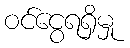
ဝင်ငွေရရှိမှု